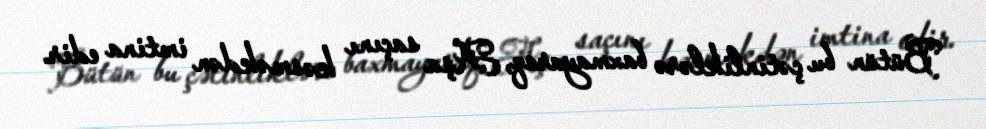
Bütün bu çətinliklərə baxmayaraq, Aşa saçını kəsməkdən imtina edir.